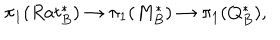
\pi _ { 1 } ( R a t _ { B } ^ { * } ) \to \pi _ { 1 } ( M _ { B } ^ { * } ) \to \pi _ { 1 } ( Q _ { B } ^ { * } ) ,